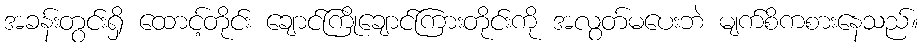
အခန်းတွင်းရှိ ထောင့်တိုင်း ချောင်ကြိုချောင်ကြားတိုင်းကို အလွတ်မပေးဘဲ မျက်စိကစားနေသည်။